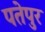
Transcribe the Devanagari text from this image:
पतेपुर